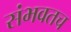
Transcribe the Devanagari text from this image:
संभवतच